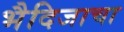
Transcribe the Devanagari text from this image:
भैदिजाचा